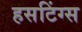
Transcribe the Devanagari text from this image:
हसटिंग्स